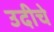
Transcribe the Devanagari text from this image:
उदीचे